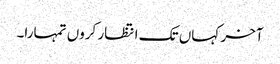
آخر کہاں تک انتظار کروں تمہارا۔